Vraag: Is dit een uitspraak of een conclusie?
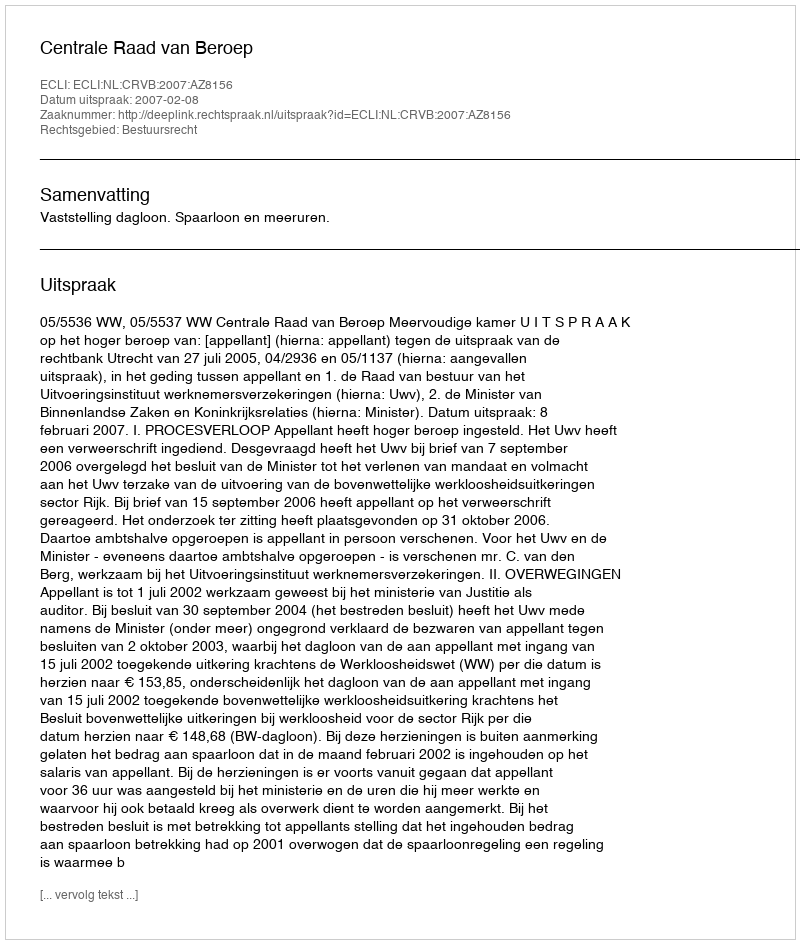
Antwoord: Uitspraak